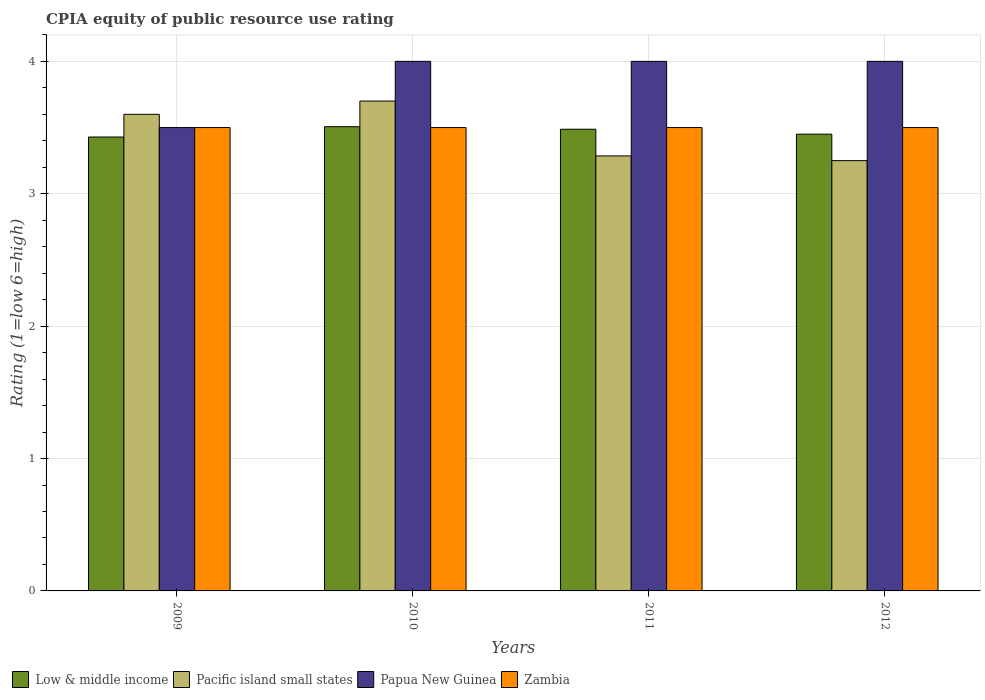
| Years | Low & middle income | Pacific island small states | Papua New Guinea | Zambia |
 | --- | --- | --- | --- | --- |
 | 2009 | 3.43 | 3.6 | 3.5 | 3.5 |
 | 2010 | 3.51 | 3.7 | 4 | 3.5 |
 | 2011 | 3.49 | 3.29 | 4 | 3.5 |
 | 2012 | 3.45 | 3.25 | 4 | 3.5 |